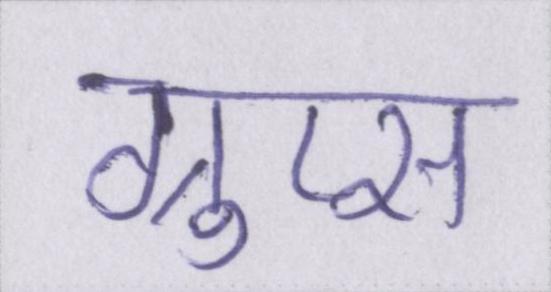
ग्रुप्स